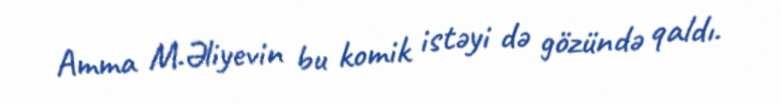
Amma M.Əliyevin bu komik istəyi də gözündə qaldı.